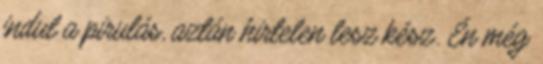
indul a pirulás, aztán hirtelen lesz kész. Én még